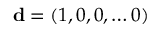
{ \bf d } = ( 1 , 0 , 0 , \dots 0 )